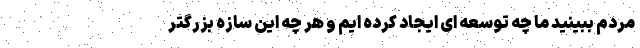
مردم ببینید ما چه توسعه ای ایجاد کرده ایم و هر چه این سازه بزرگتر